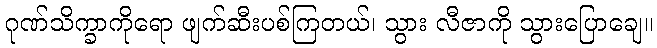
ဂုဏ်သိက္ခာကိုရော ဖျက်ဆီးပစ်ကြတယ်၊ သွား လီဇာကို သွားပြောချေ။